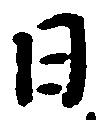
日